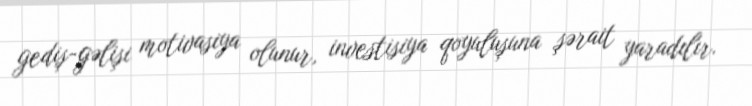
gediş-gəlişi motivasiya olunur, investisiya qoyuluşuna şərait yaradılır.